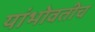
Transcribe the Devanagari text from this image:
यांभोवतीच